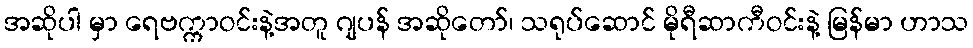
အဆိုပါ မှာ ရေဗက္ကာဝင်းနဲ့အတူ ဂျပန် အဆိုတော်၊ သရုပ်ဆောင် မိုရီဆာကီဝင်းနဲ့ မြန်မာ ဟာသ